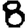
Digit: 8